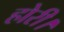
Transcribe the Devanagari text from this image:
होरी।